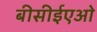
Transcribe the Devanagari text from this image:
बीसीईएओ